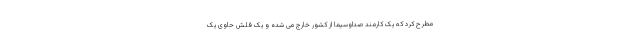
مطرح کرد که یک کارمند صداوسیما از کشور خارج می شده و یک فلش حاوی یک